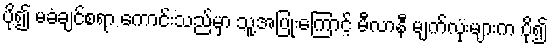
ပို၍ မခံချင်စရာ ကောင်းသည်မှာ သူ့အပြုံးကြောင့် မီလာနီ မျက်လုံးများက ပို၍